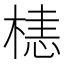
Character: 𬃰